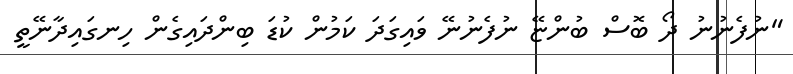
"ނުފެނުނު ދޯ ބޮސް ބުންޏޭ ނުފެނުނޭ ވައިގަދަ ކަމުން ކުޑަ ބިންދައިގެން ހިނގައިދާނޭތީ